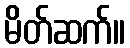
မိတ်ဆက်။